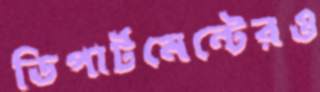
ডিপার্টমেন্টেরও